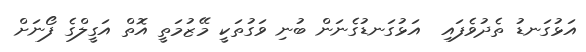
އަޅުގަނޑު ތެދުވެފައި  އަޅުގަނޑުގެނަން ބުނި ވަގުތަކީ މޭޒުމަތީ އޮތް އަގީލްގެ ފޯނަށް